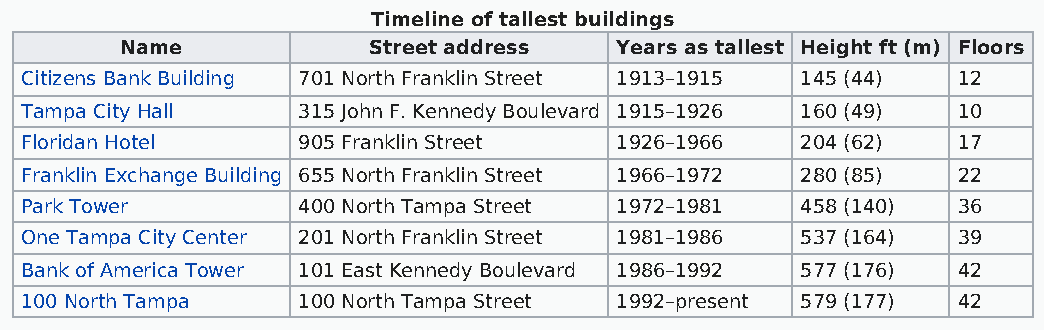
Timeline of tallest buildings
 Name            Street address   Years as tallest Height ft (m) Floors
 Citizens Bank Building 701 North Franklin Street 1913–1915 145 (44) 12
 Tampa City Hall    315 John F. Kennedy Boulevard 1915–1926 160 (49) 10
 Floridan Hotel     905 Franklin Street  1926–1966   204 (62)  17
 Franklin Exchange Building 655 North Franklin Street 1966–1972 280 (85) 22
 Park Tower         400 North Tampa Street 1972–1981 458 (140) 36
 One Tampa City Center 201 North Franklin Street 1981–1986 537 (164) 39
 Bank of America Tower 101 East Kennedy Boulevard 1986–1992 577 (176) 42
 100 North Tampa    100 North Tampa Street 1992–present 579 (177) 42